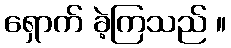
ရှောက် ခဲ့ကြသည် ။